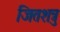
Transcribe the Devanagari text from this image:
जितशत्रु